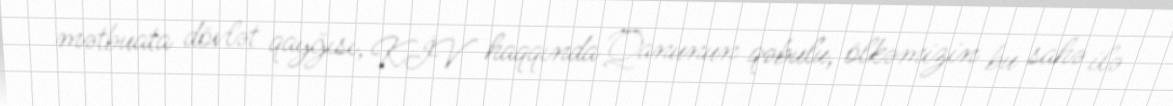
mətbuata dövlət qayğısı, KİV haqqında Qanunun qəbulu, ölkəmizin bu sahə ilə